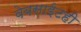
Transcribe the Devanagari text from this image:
वेबसाईटही